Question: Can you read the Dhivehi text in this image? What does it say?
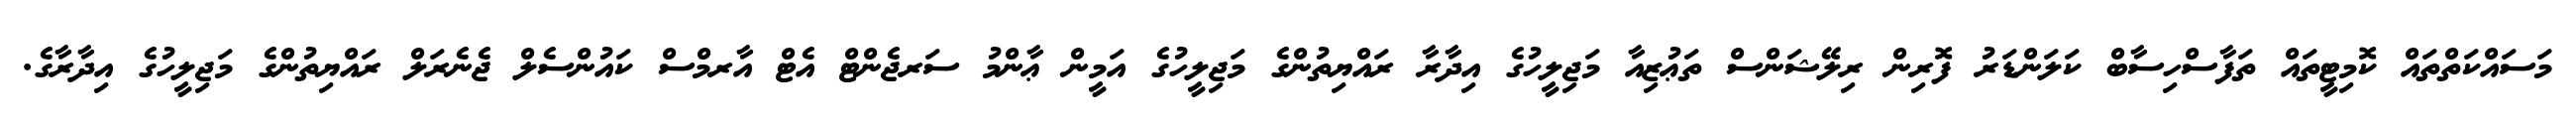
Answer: މަސައްކަތްތައް ކޮމިޓީތައް ތަފާސްހިސާބް ކަލަންޑަރު ފޮރިން ރިލޭޝަންސް ތަޢުޒިއާ މަޖިލީހުގެ އިދާރާ ރައްޔިތުންގެ މަޖިލީހުގެ އަމީން ޢާންމު ސަރޖެންޓް އެޓް އާރމްސް ކައުންސެލް ޖެނެރަލް ރައްޔިތުންގެ މަޖިލީހުގެ އިދާރާގެ.